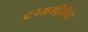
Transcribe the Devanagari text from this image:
कामगीरीने